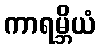
ကာရမ္ဘိယံ